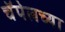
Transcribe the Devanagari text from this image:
चॅपेलच्या